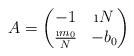
LaTeX: \begin{align*} A = \begin{pmatrix} -1 & \i N \\ \frac{ \i m_0}N & - b_0 \end{pmatrix}\end{align*}